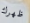
ظهرك